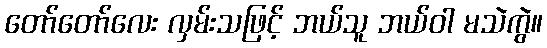
တော်တော်လေး လှမ်းသဖြင့် ဘယ်သူ ဘယ်ဝါ မသဲကွဲ။